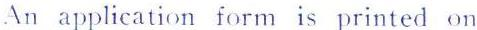
An application form is printed on